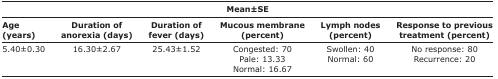
<table><thead><tr><td colspan="6"><b>Mean±SE</b></td></tr><tr><td><b>Age (years)</b></td><td><b>Duration of anorexia (days)</b></td><td><b>Duration of fever (days)</b></td><td><b>Mucous membrane (percent)</b></td><td><b>Lymph nodes (percent)</b></td><td><b>Response to previous treatment (percent)</b></td></tr></thead><tbody><tr><td>5.40±0.30</td><td>16.30±2.67</td><td>25.43±1.52</td><td>Congested: 70 Pale: 13.33 Normal: 16.67</td><td>Swollen: 40 Normal: 60</td><td>No response: 80 Recurrence: 20</td></tr></tbody></table>